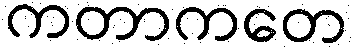
ကတာကတေ